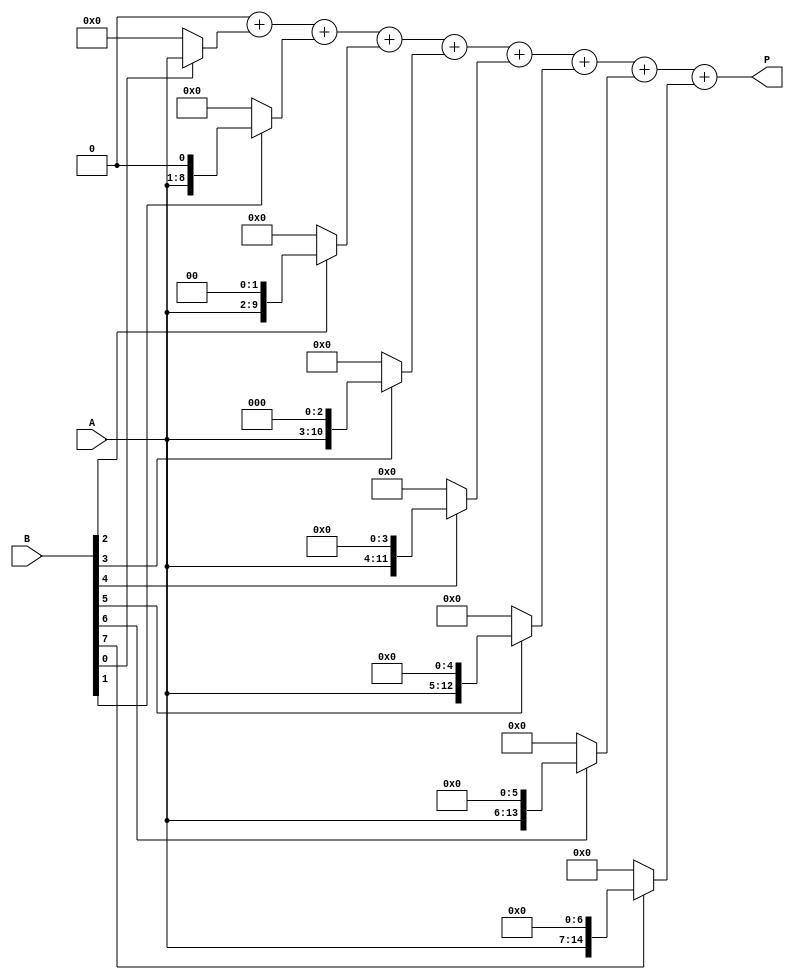
module radix2_multiplier #(parameter N = 8) (
    input  wire [N-1:0] A,  // Multiplicand
    input  wire [N-1:0] B,  // Multiplier
    output reg [2*N-1:0] P // Product output
);
    
    // Intermediate signals for partial products
    reg [2*N-1:0] pp [0:N-1]; // Partial products array

    // Generate partial products
    integer i;
    always @(*) begin
        // Initialize product
        P = 0;
        
        // Generate partial products
        for (i = 0; i < N; i = i + 1) begin
            // If the i-th bit of B is 1, generate the corresponding partial product
            pp[i] = (B[i] ? (A << i) : 0);
            // Accumulate to the product
            P = P + pp[i];
        end
    end
    
endmodule